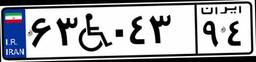
۶۳W۰۴۳۹۴